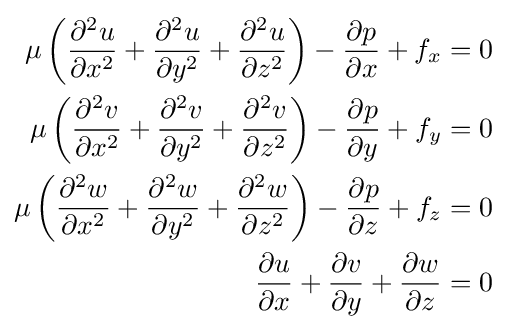
{\begin{aligned}\mu \left({\frac {\partial ^{2}u}{\partial x^{2}}}+{\frac {\partial ^{2}u}{\partial y^{2}}}+{\frac {\partial ^{2}u}{\partial z^{2}}}\right)-{\frac {\partial p}{\partial x}}+f_{x}&=0\\\mu \left({\frac {\partial ^{2}v}{\partial x^{2}}}+{\frac {\partial ^{2}v}{\partial y^{2}}}+{\frac {\partial ^{2}v}{\partial z^{2}}}\right)-{\frac {\partial p}{\partial y}}+f_{y}&=0\\\mu \left({\frac {\partial ^{2}w}{\partial x^{2}}}+{\frac {\partial ^{2}w}{\partial y^{2}}}+{\frac {\partial ^{2}w}{\partial z^{2}}}\right)-{\frac {\partial p}{\partial z}}+f_{z}&=0\\{\partial u \over \partial x}+{\partial v \over \partial y}+{\partial w \over \partial z}&=0\end{aligned}}